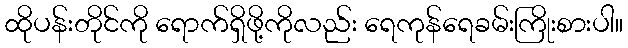
ထိုပန်းတိုင်ကို ရောက်ရှိဖို့ကိုလည်း ရေကုန်ရေခမ်းကြိုးစားပါ။